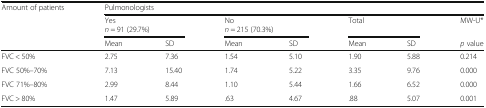
| Amount of patients | <COLSPAN=7> Pulmonologists |
 |  | <COLSPAN=2> Yesn = 91 (29.7%) | <COLSPAN=2> Non = 215 (70.3%) | <COLSPAN=2> Total | MW-U* |
 |  | Mean | SD | Mean | SD | Mean | SD | p value |
 | --- | --- | --- | --- | --- | --- | --- | --- |
 | FVC < 50% | 2.75 | 7.36 | 1.54 | 5.10 | 1.90 | 5.88 | 0.214 |
 | FVC 50%–70% | 7.13 | 15.40 | 1.74 | 5.22 | 3.35 | 9.76 | 0.000 |
 | FVC 71%–80% | 2.99 | 8.44 | 1.10 | 5.44 | 1.66 | 6.52 | 0.000 |
 | FVC > 80% | 1.47 | 5.89 | .63 | 4.67 | .88 | 5.07 | 0.001 |